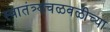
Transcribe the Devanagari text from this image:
स्वातंत्र्यचळवळीच्या